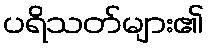
ပရိသတ်များ၏